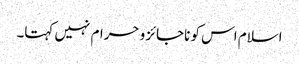
اسلام اس کو ناجائز و حرام نہیں کہتا۔